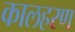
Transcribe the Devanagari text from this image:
कालहरण